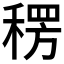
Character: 𮃕